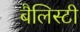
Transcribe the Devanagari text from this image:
बैलिस्टी